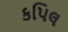
કપિલ